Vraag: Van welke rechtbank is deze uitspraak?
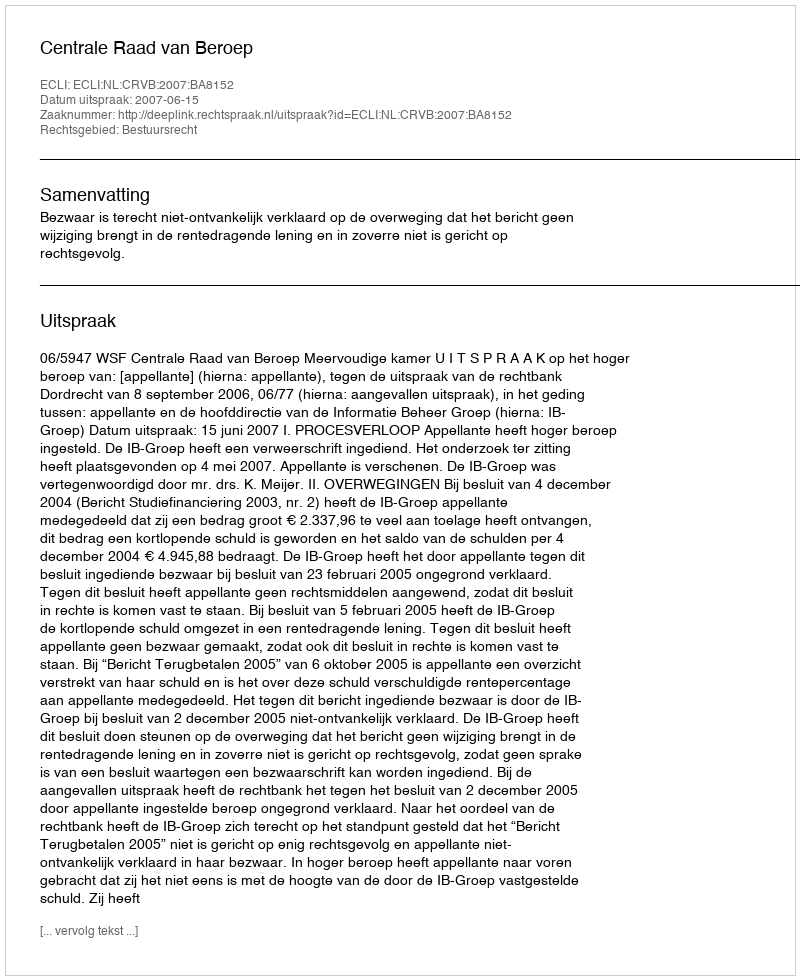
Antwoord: Centrale Raad van Beroep